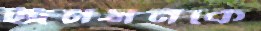
জনসনকে